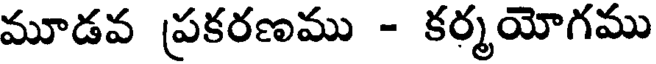
మూడవ ప్రకరణము - కర్మయోగము